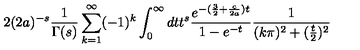
2 ( 2 a ) ^ { - s } \frac { 1 } { \Gamma ( s ) } \sum _ { k = 1 } ^ { \infty } ( - 1 ) ^ { k } \int _ { 0 } ^ { \infty } d t t ^ { s } \frac { e ^ { - ( \frac 3 2 + \frac { c } { 2 a } ) t } } { 1 - e ^ { - t } } \frac { 1 } { ( k \pi ) ^ { 2 } + ( \frac t 2 ) ^ { 2 } }